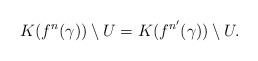
\begin{align*}K(f^n(\gamma)) \setminus U = K(f^{n'}(\gamma)) \setminus U.\end{align*}